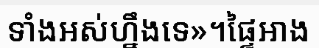
ទាំងអស់ហ្នឹងទេ»។ផ្ទៃអាង